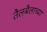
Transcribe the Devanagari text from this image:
तैलबैलाच्या